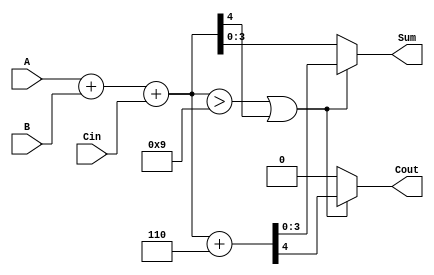
module BCD_Hybrid_Adder (
    input  [3:0] A,     // First BCD digit input
    input  [3:0] B,     // Second BCD digit input
    input        Cin,    // Carry input
    output reg [3:0] Sum, // BCD sum output
    output reg Cout      // Carry output
);

    wire [4:0] S;       // Intermediate sum (5 bits to accommodate carry)
    wire correction;     // Signal to indicate if correction is needed

    // Step 1: Binary addition
    assign S = A + B + Cin;

    // Step 2: BCD correction logic
    assign correction = (S > 9) || S[4]; // Check if sum is greater than 9 or if carry out is set

    always @(*) begin
        if (correction) begin
            // Apply correction by adding 6 (0110)
            {Cout, Sum} = S + 5'd6; // Adding 6 to the sum
        end else begin
            // No correction needed
            Cout = 1'b0; // No carry out
            Sum = S[3:0]; // Use lower 4 bits of sum
        end
    end

endmodule